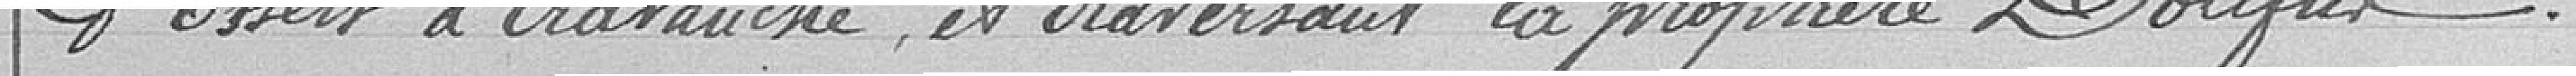
d'Essert à Cravanche et traversant la propriété Dollfus